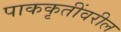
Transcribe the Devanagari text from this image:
पाककृतींवरील